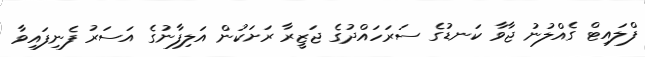
ފްލައިޓް ގެއްލުނު ޖާވާ ކަނޑުގެ ސަރަހައްދުގެ ޖަޒީރާ ރަށަކުން އަލިފާނުގެ އަސަރު ފެނިފައިވާ